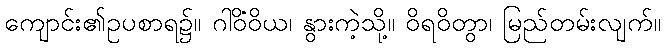
ကျောင်း၏ဥပစာရ၌။ ဂါဝိံဝိယ၊ နွားကဲ့သို့။ ဝိရဝိတွာ၊ မြည်တမ်းလျက်။